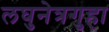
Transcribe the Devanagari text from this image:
लघुनेत्रगुहा